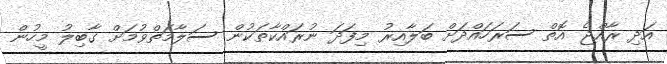
އަދި ރާއްޖެ އޮތް ސަރަހައްދަށް ބަލާއިރު މިފަދަ ނުރައްކާތަކުން ސަލާމަތްވުމަށް ގާބިލު މީހުން